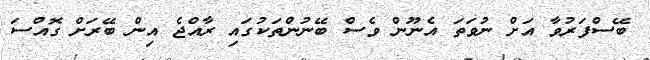
ބޭސްފަރުވާ އަށް ނުވަތަ އެނޫން ވެސް ބޭނުންތަކުގައި ރާއްޖެ އިން ބޭރަށް ގޮއްސަ